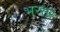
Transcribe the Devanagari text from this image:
भरसर